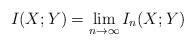
LaTeX: \begin{align*} I(X;Y) = \lim_{n\to \infty} I_n(X;Y)\end{align*}